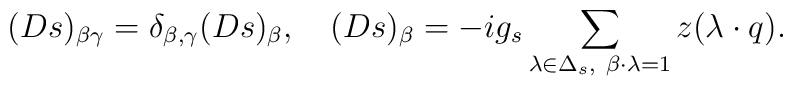
(Ds)_{\beta \gamma}= \delta_{\beta,\gamma}(Ds)_{\beta},\quad   	(Ds)_{\beta}=-ig_s\sum_{\lambda\in\Delta_s,\     	\beta\cdot\lambda=1}z(\lambda\cdot q).